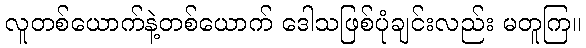
လူတစ်ယောက်နဲ့တစ်ယောက် ဒေါသဖြစ်ပုံချင်းလည်း မတူကြ။